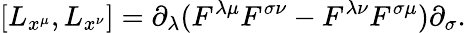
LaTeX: [L_{x^{\mu}},L_{x^{\nu}}]=\partial_{\lambda}(F^{\lambda\mu}F^{\sigma\nu}-F^{\lambda\nu}F^{\sigma\mu})\partial_{\sigma}.